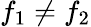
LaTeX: f_{1}\neq f_{2}